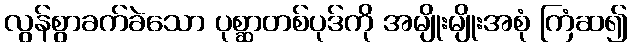
လွန်စွာခက်ခဲသော ပုစ္ဆာတစ်ပုဒ်ကို အမျိုးမျိုးအစုံ ကြံဆ၍